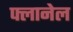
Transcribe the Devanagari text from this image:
फ्लानेल